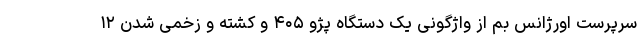
سرپرست اورژانس بم از واژگونی یک دستگاه پژو ۴۰۵ و کشته و زخمی شدن ۱۲